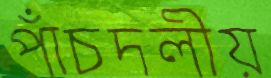
পাঁচদলীয়